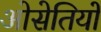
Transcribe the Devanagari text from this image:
ओसेतियों